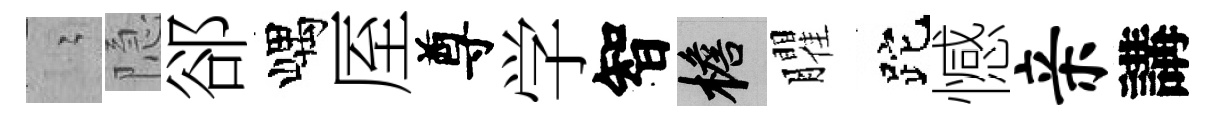
隐隐郤嵎厔尊学智檐臞跎憾亲講